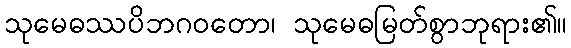
သုမေဓဿပိဘဂဝတော၊ သုမေဓမြတ်စွာဘုရား၏။